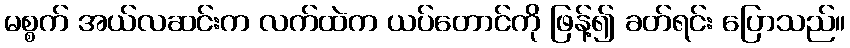
မစ္စက် အယ်လဆင်းက လက်ထဲက ယပ်တောင်ကို ဖြန့်၍ ခတ်ရင်း ပြောသည်။